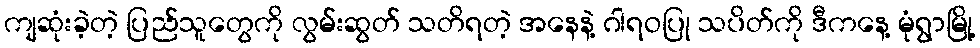
ကျဆုံးခဲ့တဲ့ ပြည်သူတွေကို လွမ်းဆွတ် သတိရတဲ့ အနေနဲ့ ဂါရဝပြု သပိတ်ကို ဒီကနေ့ မုံရွာမြို့